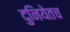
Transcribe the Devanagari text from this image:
दुनियेतच